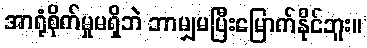
အာရုံစိုက်မှုမရှိဘဲ ဘာမျှမပြီးမြောက်နိုင်ဘူး။